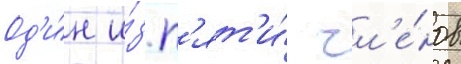
Од'и́н и́з п'ят'и́ чл'е́нов